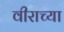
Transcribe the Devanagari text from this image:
वीराच्या